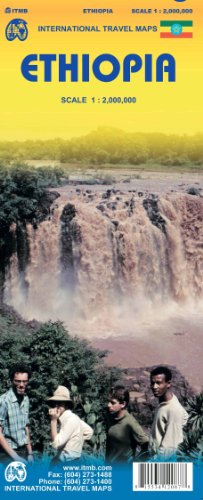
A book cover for Ethiopia 1:2,000,000 Travel Map 2010*** (International Travel Maps); ITM Canada; Travel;